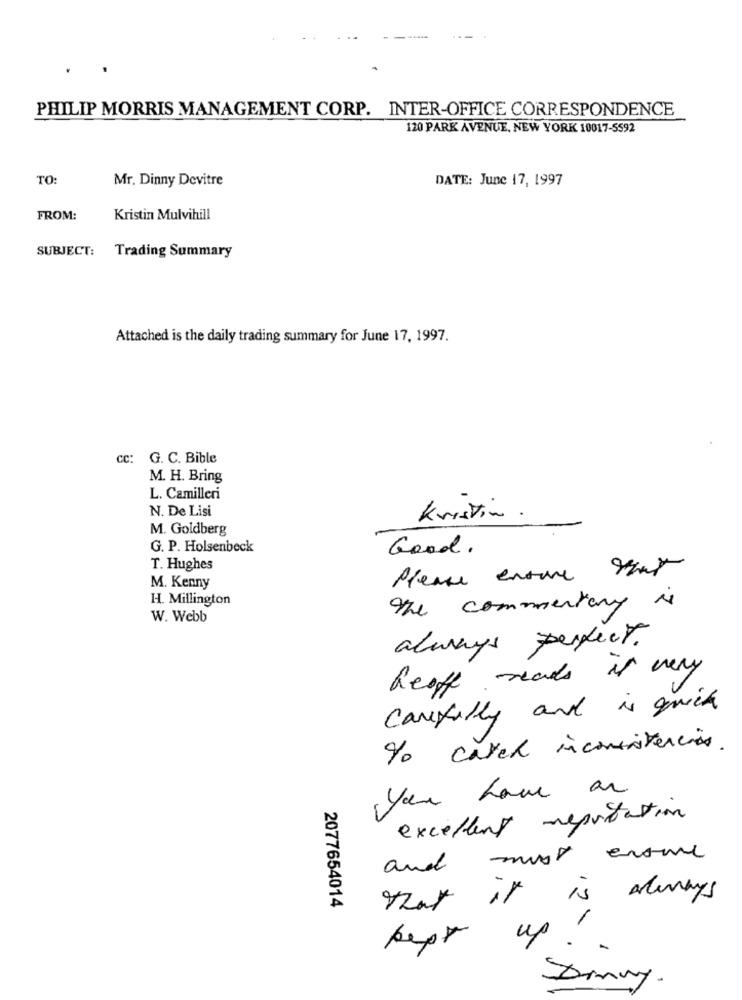
PHILIP MORRIS MANAGEMENT CORP. INTER-OFFICE CORRESPONDENCE
120 PARK AVENUE, NEW YORK 10017-5592
TO:
Mr. Dinny Devitre
DATE: June 17, 1997
FROM:
Kristin Mulvihill
SUBJECT: Trading Summary
Attached is the daily trading summary for June 17, 1997.
cc: G. C. Bible
M. H. Bring
L. Camilleri
N. De Lisi
Kristin
M. Goldberg
G. P. Holsenbeck
Good.
T. Hughes
Please ensure that
M. Kenny
H. Millington
the commentary
W. Webb
always perfect.
heath reads is very
carefully and is quick
% cared inconsistencies.
you have an
excellent reputation
and must ensure
that it is always
2077654014
1
up ..
Donny.